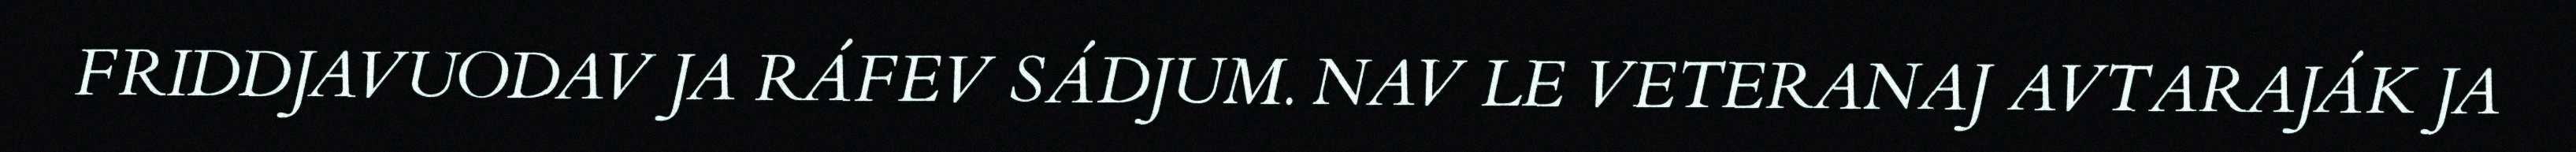
FRIDDJAVUODAV JA RÁFEV SÁDJUM. NAV LE VETERANAJ AVTARAJÁK JA